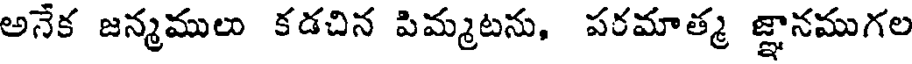
అనేక జన్మములు కడచిన పిమ్మటను, పరమాత్మ జ్ఞానముగల